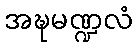
အဍ္ဎမဏ္ဍလံ